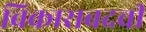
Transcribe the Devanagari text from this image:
विकाराबदची